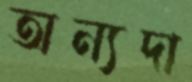
অন্যদা